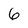
Character: 6